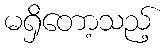
မရှိတော့သည့်